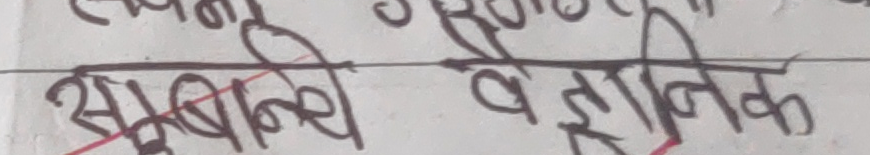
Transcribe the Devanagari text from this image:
सुबानी वैज्ञानिक